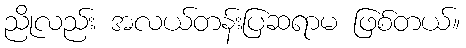
ညိုလည်း အလယ်တန်းပြဆရာမ ဖြစ်တယ်။